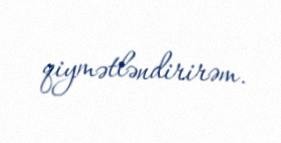
qiymətləndirirəm.